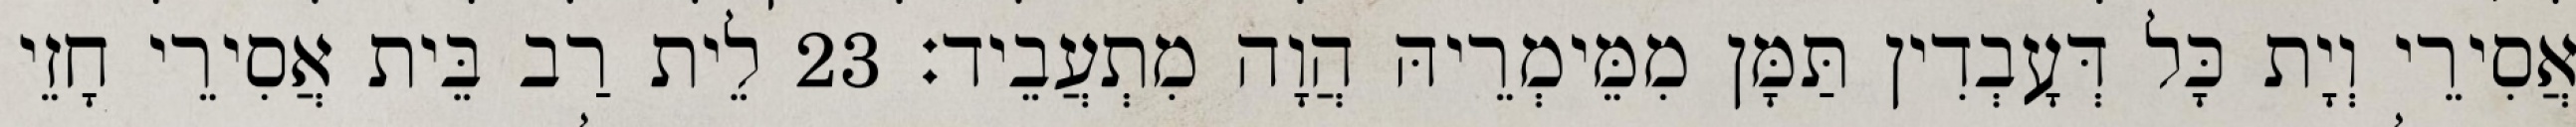
אֲסִירֵי וְיָת כָּל דְּעָבְדִין תַּמָּן מִמֵּימְרֵיהּ הֲוָה מִתְעֲבֵיד׃ 23 לֵית רַב בֵּית אֲסִירֵי חָזֵי